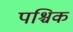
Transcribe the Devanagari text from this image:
पश्चिक